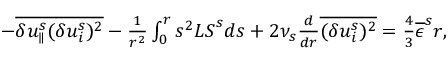
\begin{array} { r } { - \overline { { \delta u _ { \parallel } ^ { s } ( \delta u _ { i } ^ { s } ) ^ { 2 } } } - \frac { 1 } { r ^ { 2 } } \int _ { 0 } ^ { r } s ^ { 2 } { \cal L S } ^ { s } d s + 2 \nu _ { s } \frac { d } { d r } \overline { { ( \delta u _ { i } ^ { s } ) ^ { 2 } } } = \frac { 4 } { 3 } \overline { { \epsilon } } ^ { s } r , } \end{array}